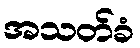
အသတ်ခံ